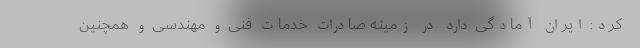
کرد: ایران آمادگی دارد در زمینه صادرات خدمات فنی و مهندسی و همچنین